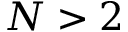
N > 2